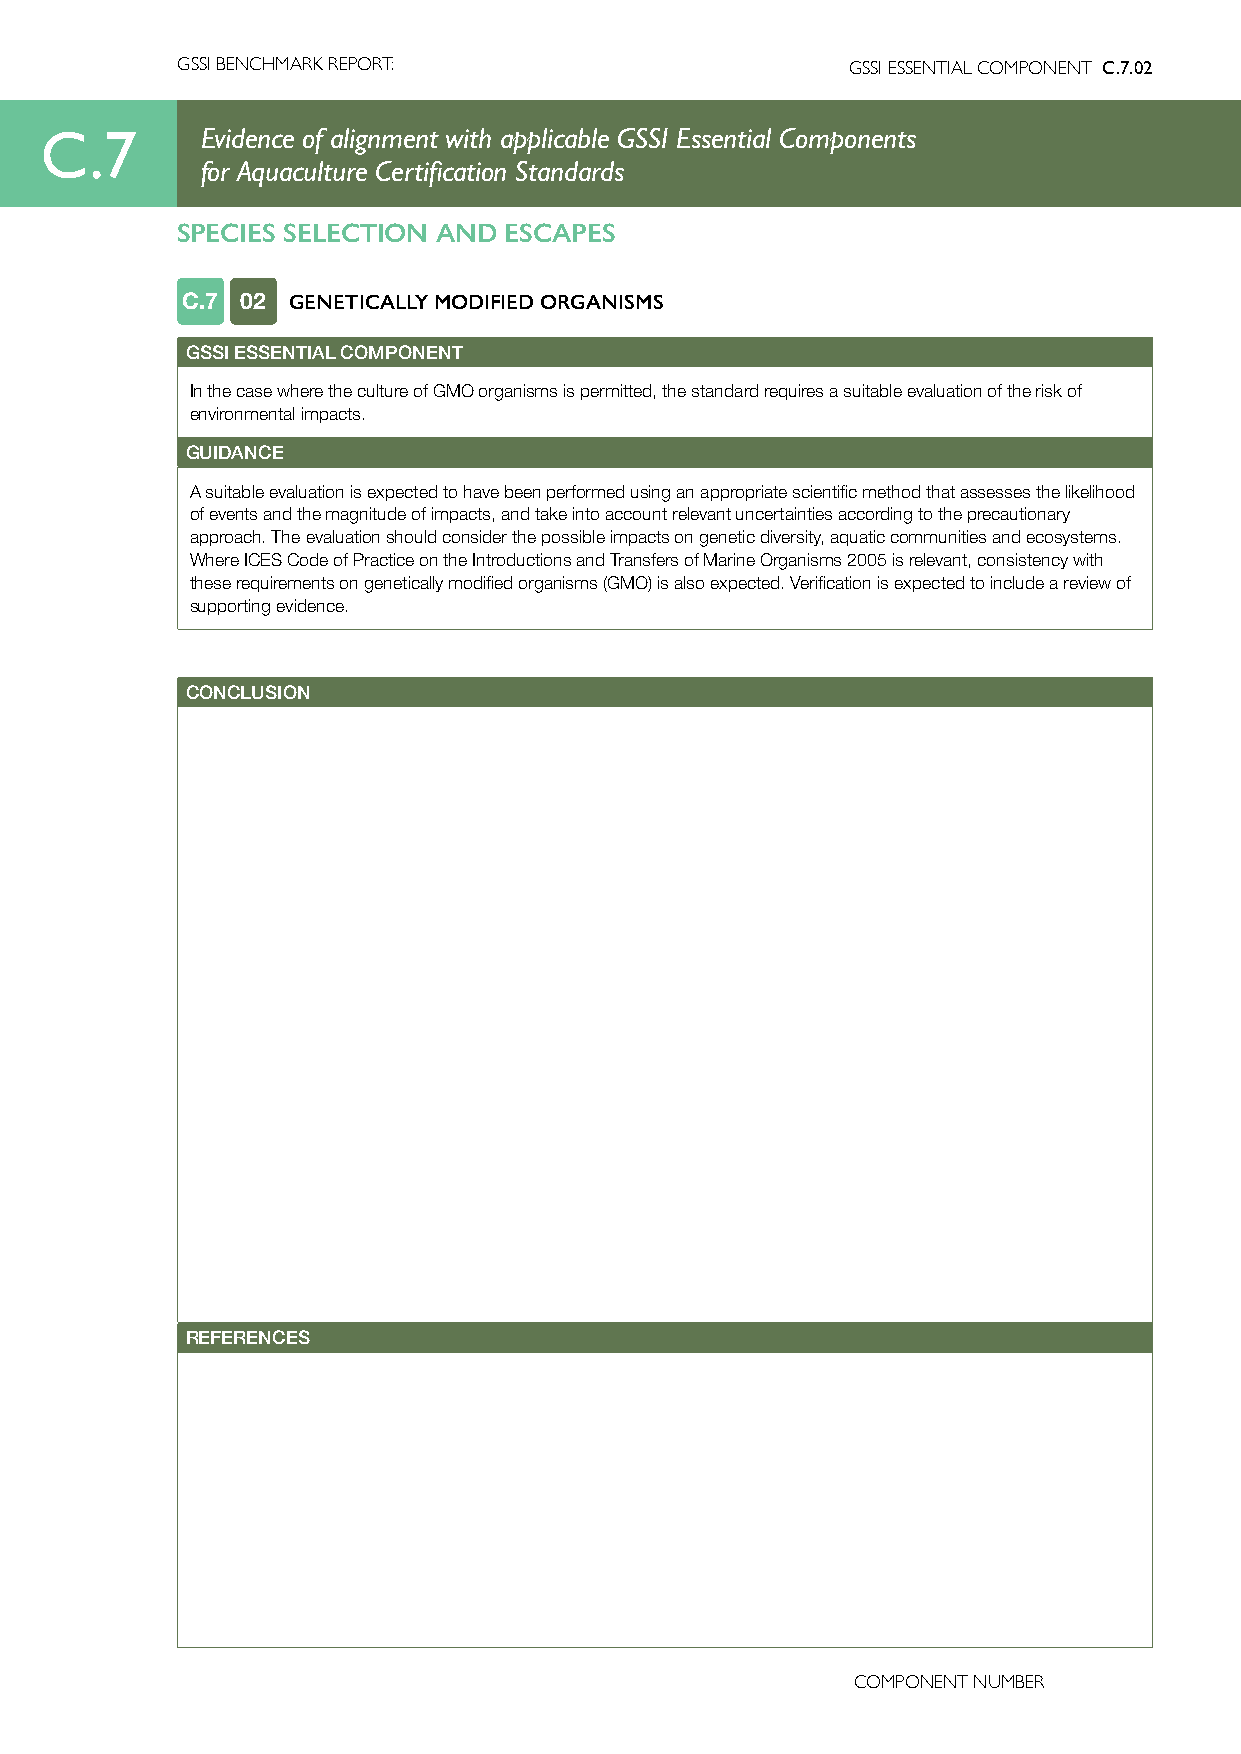
GSSI BENCHMARK REPORT:                      GSSI ESSENTIAL COMPONENT C.7.02
 C.7       Evidence of alignment with applicable GSSI Essential Components
 for Aquaculture Certification Standards
 SPECIES SELECTION AND ESCAPES
 C.7 02 GENETICALLY MODIFIED ORGANISMS
 GSSI ESSENTIAL COMPONENT
 In the case where the culture of GMO organisms is permitted, the standard requires a suitable evaluation of the risk of
 environmental impacts.
 GUIDANCE
 A suitable evaluation is expected to have been performed using an appropriate scientific method that assesses the likelihood
 of events and the magnitude of impacts, and take into account relevant uncertainties according to the precautionary
 approach. The evaluation should consider the possible impacts on genetic diversity, aquatic communities and ecosystems.
 Where ICES Code of Practice on the Introductions and Transfers of Marine Organisms 2005 is relevant, consistency with
 these requirements on genetically modified organisms (GMO) is also expected. Verification is expected to include a review of
 supporting evidence.
 CONCLUSION
 REFERENCES
 COMPONENT NUMBER